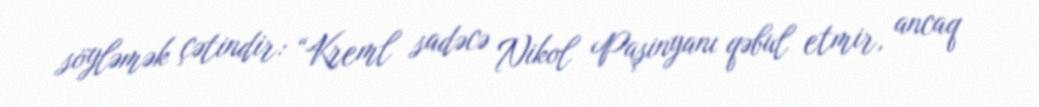
söyləmək çətindir: “Kreml sadəcə Nikol Paşinyanı qəbul etmir, ancaq